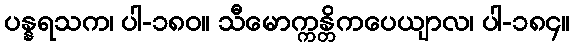
ပန္နရသက၊ ပါ-၁၈၀။ သီမောက္ကန္တိကပေယျာလ၊ ပါ-၁၈၄။